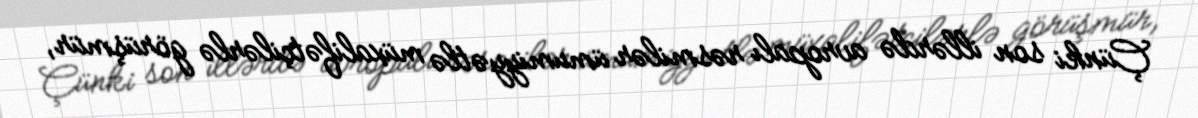
Çünki son illərdə avropalı rəsmilər ümumiyyətlə müxalifətçilərlə görüşmür,